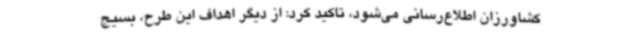
کشاورزان اطلاع‌رسانی می‌شود، تاکید کرد: از دیگر اهداف این طرح، بسیج